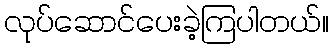
လုပ်ဆောင်ပေးခဲ့ကြပါတယ်။